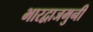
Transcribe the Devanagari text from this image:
भारद्वाजमुनी